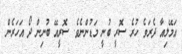
އަމޭލިއާ ދެރަވެ ހުރެ ސޮރީ ބުނީ މަޑުންނެވެ. ސޮރީއޭ ބުނިން ދޯ އަހަރެން